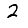
Digit: 2